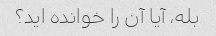
بله، آیا آن را خوانده اید؟